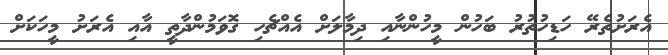
އެރަށުތެރޭ ހަޑިހުތުރު ބަހުން މީހުންނާއި ދިމާލަށް އެއްޗެހި ގޮވަމުންދާތީ އާއި އެރަށު މީހަކަށް